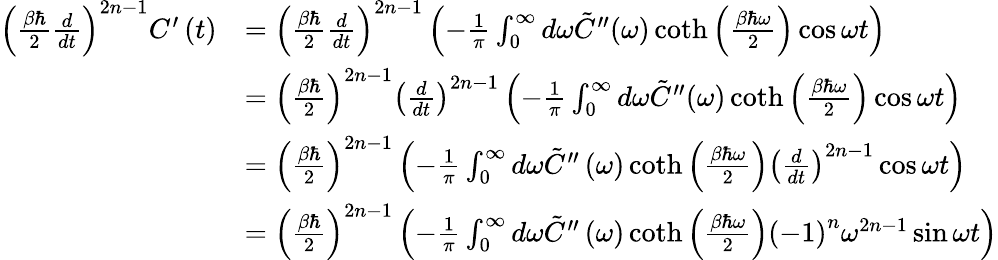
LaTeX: \begin{array}{rl}{\left(\frac{\beta\hbar}{2}\frac{d}{dt}\right)^{2n-1}C^{\prime}\left(t\right)}&{=\left(\frac{\beta\hbar}{2}\frac{d}{dt}\right)^{2n-1}\left(-\frac{1}{\pi}\int_{0}^{\infty}d\omega\tilde{C}^{\prime\prime}(\omega)\coth\left(\frac{\beta\hbar\omega}{2}\right)\cos\omega t\right)}\\ &{=\left(\frac{\beta\hbar}{2}\right)^{2n-1}\left(\frac{d}{dt}\right)^{2n-1}\left(-\frac{1}{\pi}\int_{0}^{\infty}d\omega\tilde{C}^{\prime\prime}(\omega)\coth\left(\frac{\beta\hbar\omega}{2}\right)\cos\omega t\right)}\\ &{=\left(\frac{\beta\hbar}{2}\right)^{2n-1}\left(-\frac{1}{\pi}\int_{0}^{\infty}d\omega\tilde{C}^{\prime\prime}\left(\omega\right)\coth\left(\frac{\beta\hbar\omega}{2}\right)\left(\frac{d}{dt}\right)^{2n-1}\cos\omega t\right)}\\ &{=\left(\frac{\beta\hbar}{2}\right)^{2n-1}\left(-\frac{1}{\pi}\int_{0}^{\infty}d\omega\tilde{C}^{\prime\prime}\left(\omega\right)\coth\left(\frac{\beta\hbar\omega}{2}\right)\left(-1\right)^{n}\omega^{2n-1}\sin\omega t\right)}\end{array}